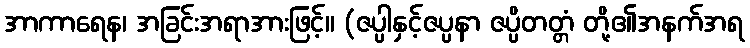
အာကာရေန၊ အခြင်းအရာအားဖြင့်။ (ဇပ္ပါနှင့်ဇပ္ပနာ ဇပ္ပိတတ္တံ တို့၏အနက်အရ